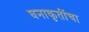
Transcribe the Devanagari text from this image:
घनाकृतींचा